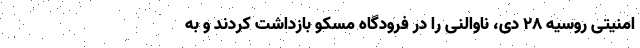
امنیتی روسیه ۲۸ دی، ناوالنی را در فرودگاه مسکو بازداشت کردند و به